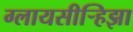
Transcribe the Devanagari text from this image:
ग्लायसीर्‍हिझा